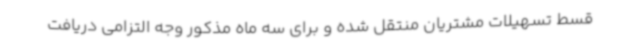
قسط تسهیلات مشتریان منتقل شده و برای سه ماه مذکور وجه التزامی دریافت